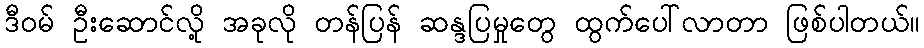
ဒီဝမ် ဦးဆောင်လို့ အခုလို တန်ပြန် ဆန္ဒပြမှုတွေ ထွက်ပေါ်လာတာ ဖြစ်ပါတယ်။